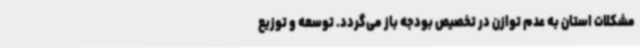
مشکلات استان به عدم توازن در تخصیص بودجه باز می‌گردد. توسعه و توزیع